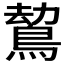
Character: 𪁍